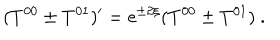
LaTeX: ( T ^ { 0 0 } \pm T ^ { 0 1 } ) ^ { \prime } = \mathrm { e } ^ { \pm 2 \xi } ( T ^ { 0 0 } \pm T ^ { 0 1 } ) \ .